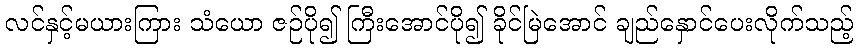
လင်နှင့်မယားကြား သံယော ဇဉ်ပို၍ ကြီးအောင်ပို၍ ခိုင်မြဲအောင် ချည်နှောင်ပေးလိုက်သည့်